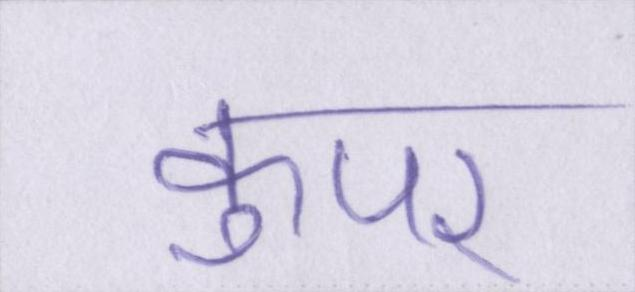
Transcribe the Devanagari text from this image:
कुपर